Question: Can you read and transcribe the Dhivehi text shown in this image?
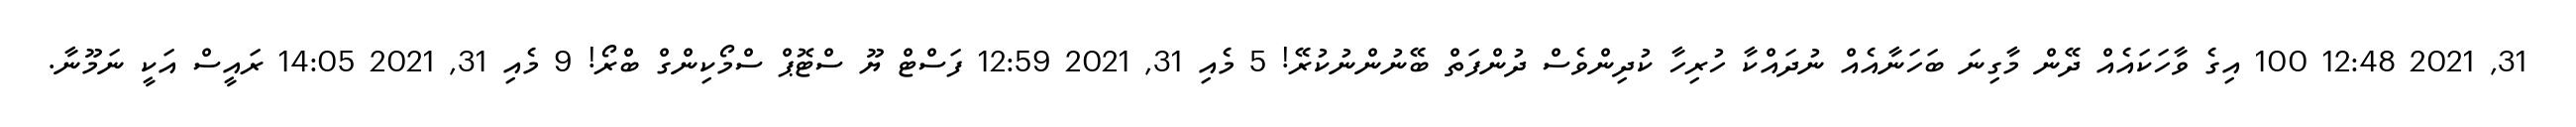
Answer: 31, 2021 12:48 100 އިގެ ވާހަކައެއް ދޭން މާގިނަ ބަހަނާއެއް ނުދައްކާ ހުރިހާ ކުދިންވެސް ދުންފަތް ބޭނުންނުކުރޭ! 5 މެއި 31, 2021 12:59 ފަސްޓް ޔޫ ސްޓޮޕް ސްމޯކިންގް ބްރޯ! 9 މެއި 31, 2021 14:05 ރައީސް އަކީ ނަމޫނާ.